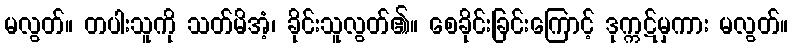
မလွတ်။ တပါးသူကို သတ်မိအံ့၊ ခိုင်းသူလွတ်၏။ စေခိုင်းခြင်းကြောင့် ဒုက္ကဋ်မှကား မလွတ်။